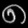
Digit: ၈